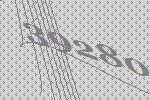
39280